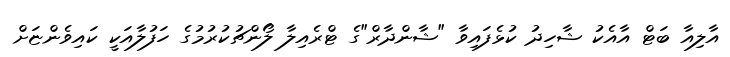
އާލިއާ ބަޓް އާއެކު ޝާހިދު ކުޅެފައިވާ "ޝާންދާރް"ގެ ޓްރެއިލާ ލޯންޗުކުރުމުގެ ހަފުލާއަކީ ކައިވެންޏަށް